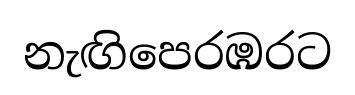
නැඟිපෙරඹරට